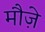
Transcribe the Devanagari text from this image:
मौज़े